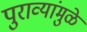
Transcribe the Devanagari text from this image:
पुराव्यांमुळे